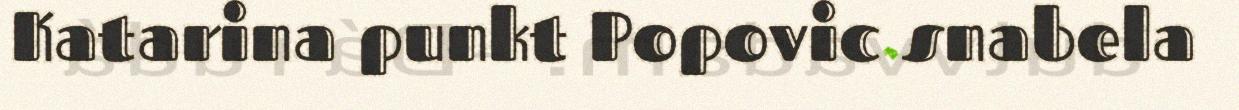
Katarina punkt Popovic snabela